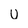
Character: U